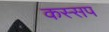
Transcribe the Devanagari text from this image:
कस्सप